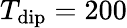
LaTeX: T_{\mathrm{dip}}=200